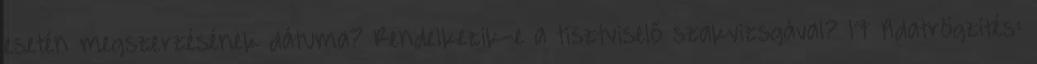
esetén megszerzésének dátuma? Rendelkezik-e a tisztviselő szakvizsgával? 17 Adatrögzítés: